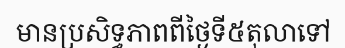
មានប្រសិទ្ធភាពពីថ្ងៃទី៥តុលាទៅ